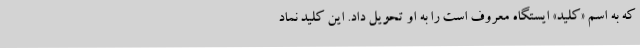
که به اسم «کلید» ایستگاه معروف است را به او تحویل داد. این کلید نماد